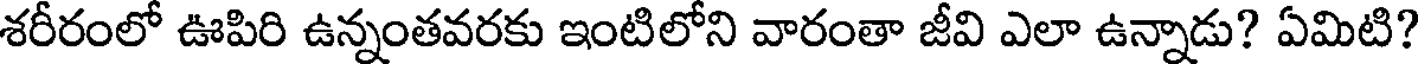
శరీరంలో ఊపిరి ఉన్నంతవరకు ఇంటిలోని వారంతా జీవి ఎలా ఉన్నాడు? ఏమిటి?